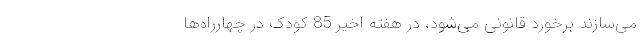
می‌سازند برخورد قانونی می‌شود، در هفته اخیر 85 کودک در چهارراه‌ها